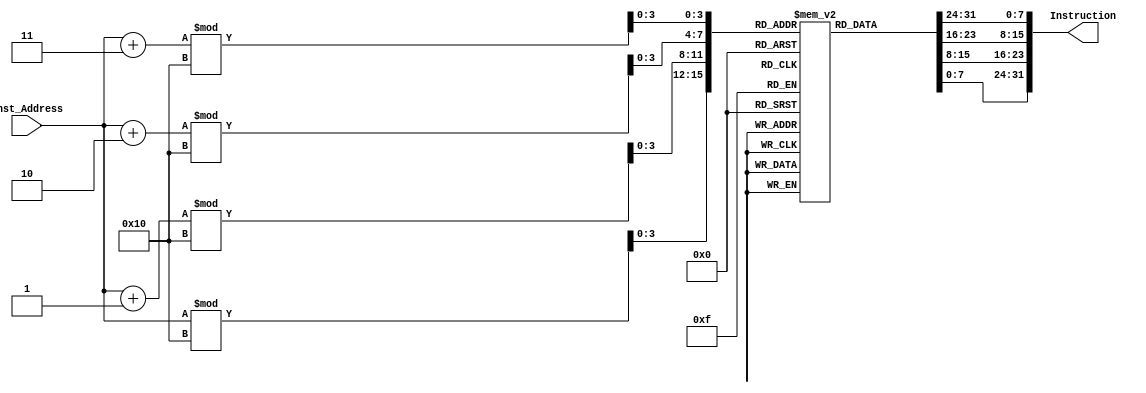
module Instruction_Memory(
input [63:0] Inst_Address,
output reg [31:0] Instruction
);
  reg [7:0] InstructionMemory [15:0];

initial
begin
//add values to InstructionMemory
InstructionMemory[0] = 8'b10000011;
InstructionMemory[1] = 8'b00110100;
InstructionMemory[2] = 8'b10000101;
InstructionMemory[3] = 8'b00000010;
InstructionMemory[4] = 8'b10110011;
InstructionMemory[5] = 8'b10000100;
InstructionMemory[6] = 8'b10011010;
InstructionMemory[7] = 8'b00000000;
InstructionMemory[8] = 8'b10010011;
InstructionMemory[9] = 8'b10000100;
InstructionMemory[10] = 8'b00010100;
InstructionMemory[11] = 8'b00000000;
InstructionMemory[12] = 8'b00100011;
InstructionMemory[13] = 8'b00110100;
InstructionMemory[14] = 8'b10010101;
InstructionMemory[15] = 8'b00000010;
end

always @ (Inst_Address)
begin
  Instruction[7:0] = InstructionMemory[(Inst_Address % 16)];
  Instruction[15:8] = InstructionMemory[(Inst_Address+1) % 16];
  Instruction[23:16] = InstructionMemory[(Inst_Address+2) % 16];
  Instruction[31:24] = InstructionMemory[(Inst_Address+3) % 16];
end

endmodule